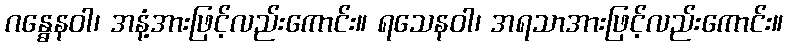
ဂန္ဓေနဝါ၊ အနံ့အားဖြင့်လည်းကောင်း။ ရသေနဝါ၊ အရသာအားဖြင့်လည်းကောင်း။